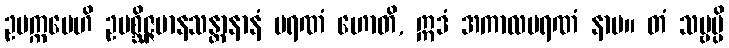
ဥပက္ကမေဟိ ဥပစ္ဆိဇ္ဇမာနသန္တာနာနံ မရဏံ ဟောတိ, ဣဒံ အကာလမရဏံ နာမ။ တံ သဗ္ဗမ္ပိ